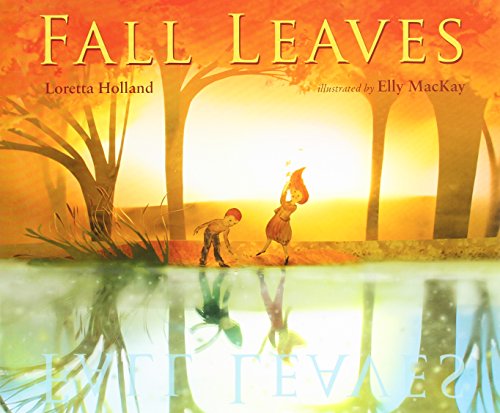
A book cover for Fall Leaves; Loretta Holland; Literature & Fiction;